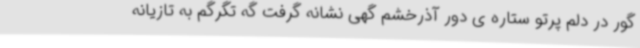
گور در دلم پرتو ستاره ی دور آذرخشم گهی نشانه گرفت گه تگرگم به تازیانه